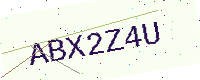
Text: ABX2Z4U